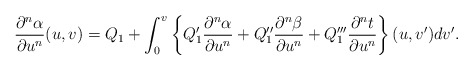
\begin{align*} \frac{\partial^n\alpha}{\partial u^n}(u,v)=Q_1+\int_0^v\left\{Q_1'\frac{\partial^n\alpha}{\partial u^n}+Q_1''\frac{\partial^n\beta}{\partial u^n}+Q_1'''\frac{\partial^nt}{\partial u^n}\right\}(u,v')dv'.\end{align*}